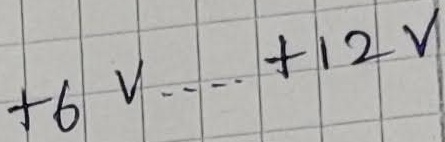
Text: +6V....+12V